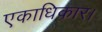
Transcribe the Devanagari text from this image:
एकाधिकार।